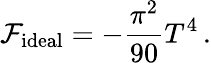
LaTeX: {\cal\mathcal{F}}_{\mathrm{{ideal}}}=-{\frac{{\pi^{2}}}{{90}}}T^{4}\, .